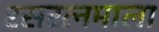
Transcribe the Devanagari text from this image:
रसरत्नमाला